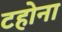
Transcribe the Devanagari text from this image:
टहोना